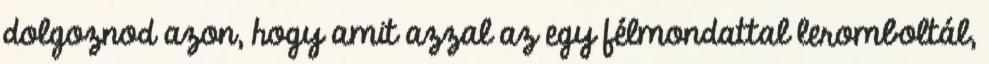
dolgoznod azon, hogy amit azzal az egy félmondattal leromboltál,